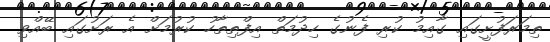
ތިމަރަފުށީގައި ގާއިމު ކުރި ފެނުގެ ހިދުމަތް އިފްތިތާހު ކުރުމަށް އެ ރަށުގައި ބޭއްވި